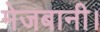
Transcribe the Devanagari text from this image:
मेजबानी।